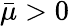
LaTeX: \bar{\mu}>0